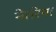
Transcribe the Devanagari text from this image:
नेतरेषा